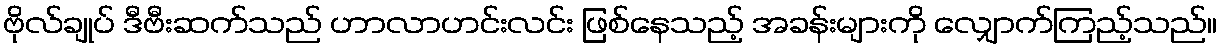
ဗိုလ်ချုပ် ဒီဗီးဆက်သည် ဟာလာဟင်းလင်း ဖြစ်နေသည့် အခန်းများကို လျှောက်ကြည့်သည်။